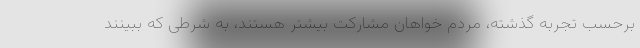
برحسب تجربه گذشته، مردم خواهان مشارکت بیشتر هستند، به شرطی که ببینند